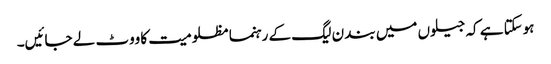
ہوسکتا ہے کہ جیلوں میں بند ن لیگ کے رہنما مظلومیت کا ووٹ لے جائیں۔